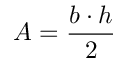
A = { \frac { b \cdot h } { 2 } }